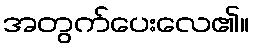
အတွက်ပေးလေ၏။